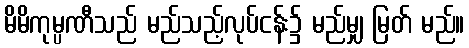
မိမိကုမ္ပဏီသည် မည်သည့်လုပ်ငန်း၌ မည်မျှ မြတ် မည်။